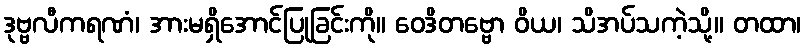
ဒုဗ္ဗလီကရဏံ၊ အားမရှိအောင်ပြုခြင်းကို။ ဝေဒိတဗ္ဗော ဝိယ၊ သိအပ်သကဲ့သို့။ တထာ၊